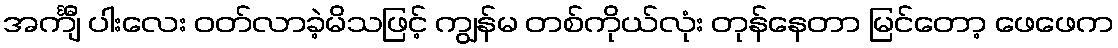
အင်္ကျီ ပါးလေး ဝတ်လာခဲ့မိသဖြင့် ကျွန်မ တစ်ကိုယ်လုံး တုန်နေတာ မြင်တော့ ဖေဖေက